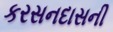
કરસનદાસની